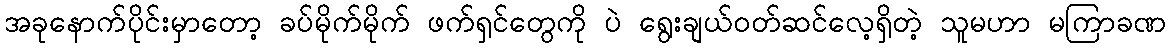
အခုနောက်ပိုင်းမှာတော့ ခပ်မိုက်မိုက် ဖက်ရှင်တွေကို ပဲ ရွေးချယ်ဝတ်ဆင်လေ့ရှိတဲ့ သူမဟာ မကြာခဏ